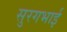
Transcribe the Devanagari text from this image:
सुरगभाई